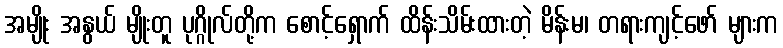
အမျိုး အနွယ် မျိုးတူ ပုဂ္ဂိုလ်တို့က စောင့်ရှောက် ထိန်းသိမ်းထားတဲ့ မိန်းမ၊ တရားကျင့်ဖော် များက